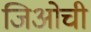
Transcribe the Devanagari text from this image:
जिओची